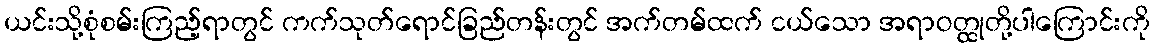
ယင်းသို့စုံစမ်းကြည့်ရာတွင် ကက်သုတ်ရောင်ခြည်တန်းတွင် အက်တမ်ထက် ငယ်သော အရာဝတ္ထုတို့ပါကြောင်းကို